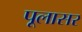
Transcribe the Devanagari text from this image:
पूलासर